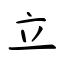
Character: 立